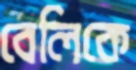
বেলিকে